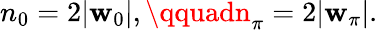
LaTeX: n_{0}=2|\mathbf{w}_{0}|,\qquadn_{\pi}=2|\mathbf{w}_{\pi}|.